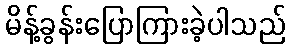
မိန့်ခွန်းပြောကြားခဲ့ပါသည်